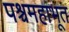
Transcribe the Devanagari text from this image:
पश्चमहाभूत